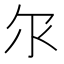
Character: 𫡓